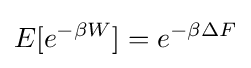
E[e^{-\beta W}]=e^{-\beta \Delta F}